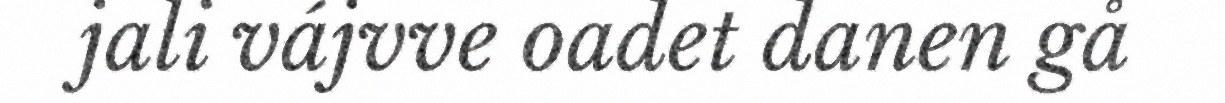
jali vájvve oadet danen gå